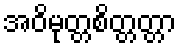
အဝိမုတ္တစိတ္တတ္တာ